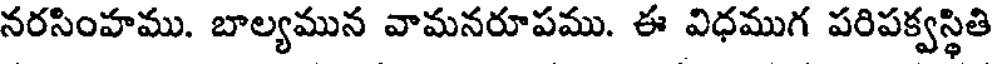
నరసింహము. బాల్యమున వామనరూపము. ఈ విధముగ పరిపక్వస్థితి